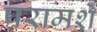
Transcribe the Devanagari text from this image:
परामर्शे